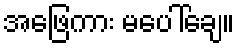
အဖြေကား မပေါ်ချေ။